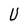
Character: U